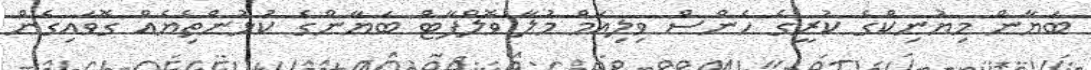
ބަޔާން މިޔުނިކްގެ ކުރީގެ ހެންސް ވިލިއަމް މުލާ ވޮލްފާޓް ބަޔާންގެ ކުޅުންތެިޔެއް ގޮވައިގެން